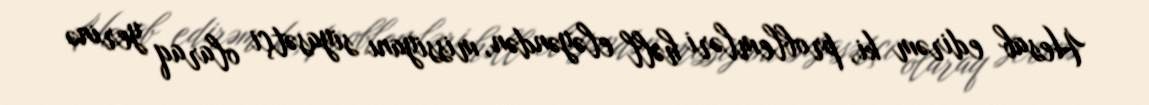
Hesab edirəm ki, problemləri həll eləyəndən, missiyanı siyasətçi olaraq yerinə